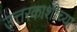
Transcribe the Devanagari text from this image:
उत्तरकाशीच्या